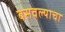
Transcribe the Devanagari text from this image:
बसवल्याचा